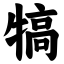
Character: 犒